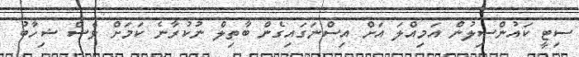
ސިޓީ ކައުންސިލުން އަމިއްލަ އަށް އިސްނަގައިގެން ބާތިލް ނުކުރާނެ ކަމަށް ވެސް ޝިހާބު